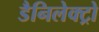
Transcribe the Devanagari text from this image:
डैनिलेक्ट्रो